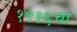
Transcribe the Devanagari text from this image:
१९१६चा